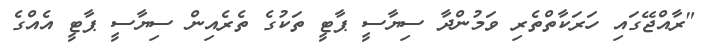
"ރާއްޖޭގައި ހަރަކާތްތެރި ވަމުންދާ ސިޔާސީ ޕާޓީ ތަކުގެ ތެރެއިން ސިޔާސީ ޕާޓީ އެއްގެ